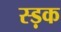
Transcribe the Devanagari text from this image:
स्ड़क